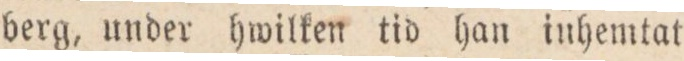
berg, under hwilken tid han inhemtat